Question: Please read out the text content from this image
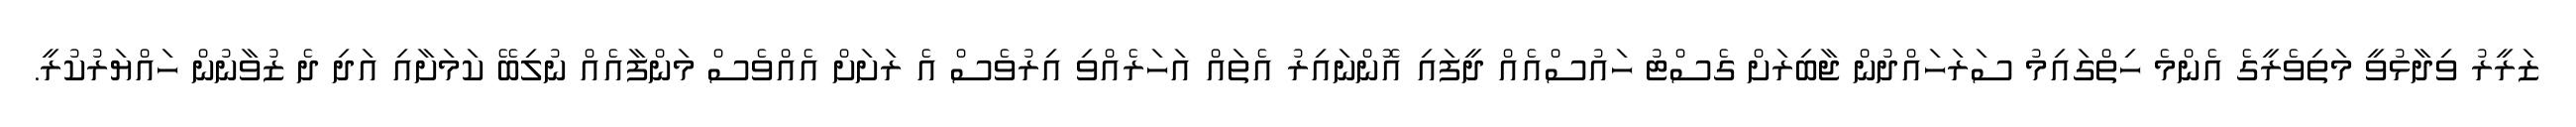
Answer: ޒަރީރު ވިދާޅުވީ މަތިވެރީގެ އެންމެ ހިތްގައިމު ސަރަހައްދުން ޖާބިރަށް ގެސްޓު ހައުސްއެއް ދީފައި އޮންނައިރު އެތައް އަހަރެއްވި އިރުވެސް އެ ރަށަށް އެއްވެސް މަންފާއެއް ނުލިބޭ ކަމަށާއި އަދި ދެ ޒުވާނުން ހައްޔަރުކުރީ.